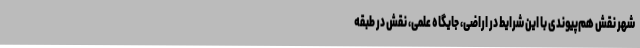
شهر نقش هم‌پیوندی با این شرایط در اراضی، جایگاه علمی، نقش در طبقه